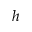
h